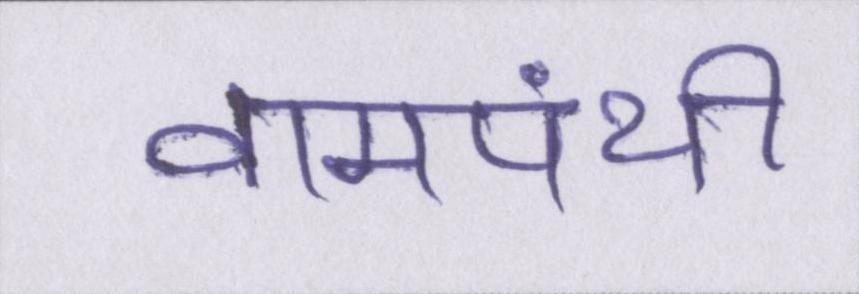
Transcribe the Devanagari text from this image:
वामपंथी